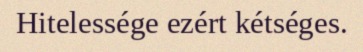
Hitelessége ezért kétséges.